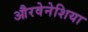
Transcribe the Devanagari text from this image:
औरवेनेशिया